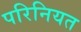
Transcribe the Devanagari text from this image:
परिनियत